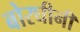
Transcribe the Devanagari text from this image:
बोरघीनी